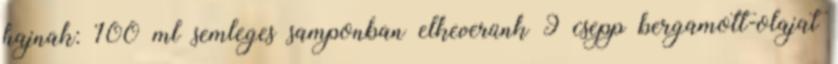
hajnak: 100 ml semleges samponban elkeverünk 9 csepp bergamott-olajat